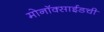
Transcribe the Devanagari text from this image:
मोनॉक्साईडची